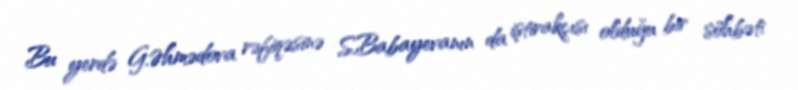
Bu yerdə G.Əhmədova rəfiqəsinə S.Babayevanın da iştirakçısı olduğu bir söhbəti